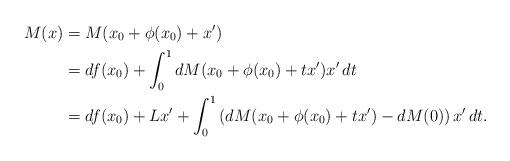
LaTeX: \begin{align*}M(x) &= M(x_0 + \phi(x_0) + x') \\ &= df(x_0) + \int_0^1 d M(x_0 + \phi(x_0) + tx')x' \, dt \\ &= df(x_0) + Lx' + \int_0^1 \left( d M(x_0 + \phi(x_0) + tx') - dM(0)\right) x'\, dt.\end{align*}